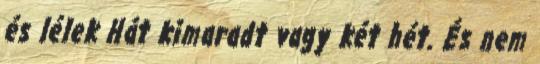
és lélek Hát kimaradt vagy két hét. És nem